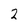
Character: 2